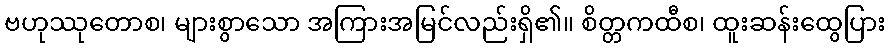
ဗဟုဿုတောစ၊ များစွာသော အကြားအမြင်လည်းရှိ၏။ စိတ္တကထီစ၊ ထူးဆန်းထွေပြား